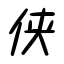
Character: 侠